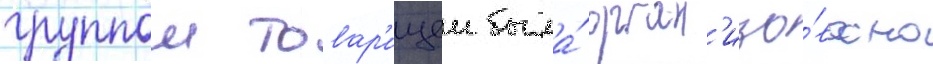
группои товар'ищеи была́ орган'изо́вана